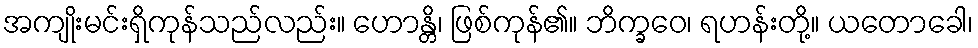
အကျိုးမင်းရှိကုန်သည်လည်း။ ဟောန္တိ၊ ဖြစ်ကုန်၏။ ဘိက္ခဝေ၊ ရဟန်းတို့။ ယတောခေါ၊